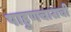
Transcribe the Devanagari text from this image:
पाहुणचाराची